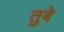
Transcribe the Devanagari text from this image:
तुबे